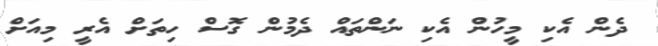
ދެން އެކި މީހުން އެކި ނަންތައް ދެމުން ގޮސް ހިތަށް އެރީ މިއަށް